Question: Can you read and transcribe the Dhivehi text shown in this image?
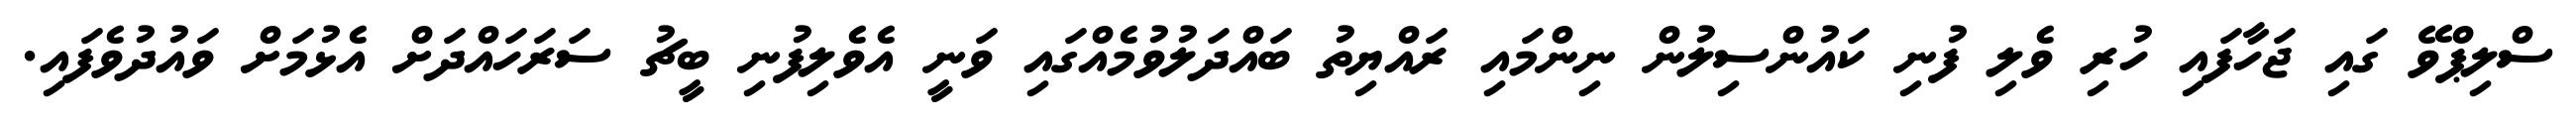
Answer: ސްލިޕްވޭ ގައި ޖަހާފައި ހުރި ވެލި ފުނި ކައުންސިލުން ނިންމައި ރައްޔިތު ބައްދަލުވުމެއްގައި ވަނީ އެވެލިފުނި ބީޗު ސަރަހައްދަށް އެޅުމަށް ވައުދުވެފައި.